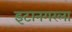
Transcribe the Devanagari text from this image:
इटानगरला